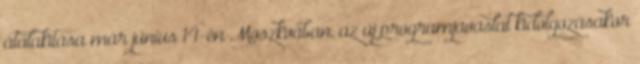
átalakítása már június 14-én Moszkvában, az új programjavaslat kidolgozásakor